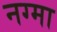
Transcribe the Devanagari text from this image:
नग्मा